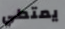
يمتطي